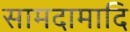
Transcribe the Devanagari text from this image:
सामदामादि